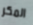
المكر